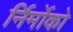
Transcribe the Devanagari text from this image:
र्निर्मोको